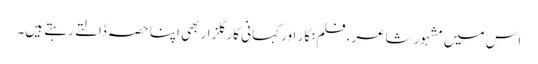
اس میں مشہور شاعر، فلم نگار اور کہانی کار گلزار بھی اپنا حصہ ڈالتے رہتے ہیں۔